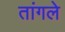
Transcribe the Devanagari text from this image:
तांगले